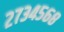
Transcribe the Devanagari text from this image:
२७३४५६८